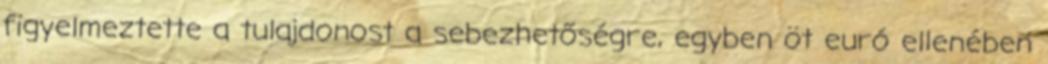
figyelmeztette a tulajdonost a sebezhetőségre, egyben öt euró ellenében